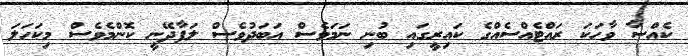
ކެއްސާ ވާހަކަ ރައްޓެއްސެއްގެ ކައިރީގައި ބުނި ނަމަވެސް އަބަދުވެސް ލަފާދޭނީ ކޮންމެވެސް މިކަހަލަ